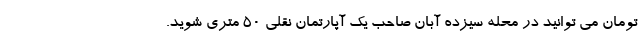
تومان می توانید در محله سیزده آبان صاحب یک آپارتمان نقلی ۵۰ متری شوید.